Bréfritari: Þórarinn Stefánsson
Dagsetning: A-1921-09-04
Skrifað á: Vesturheimi

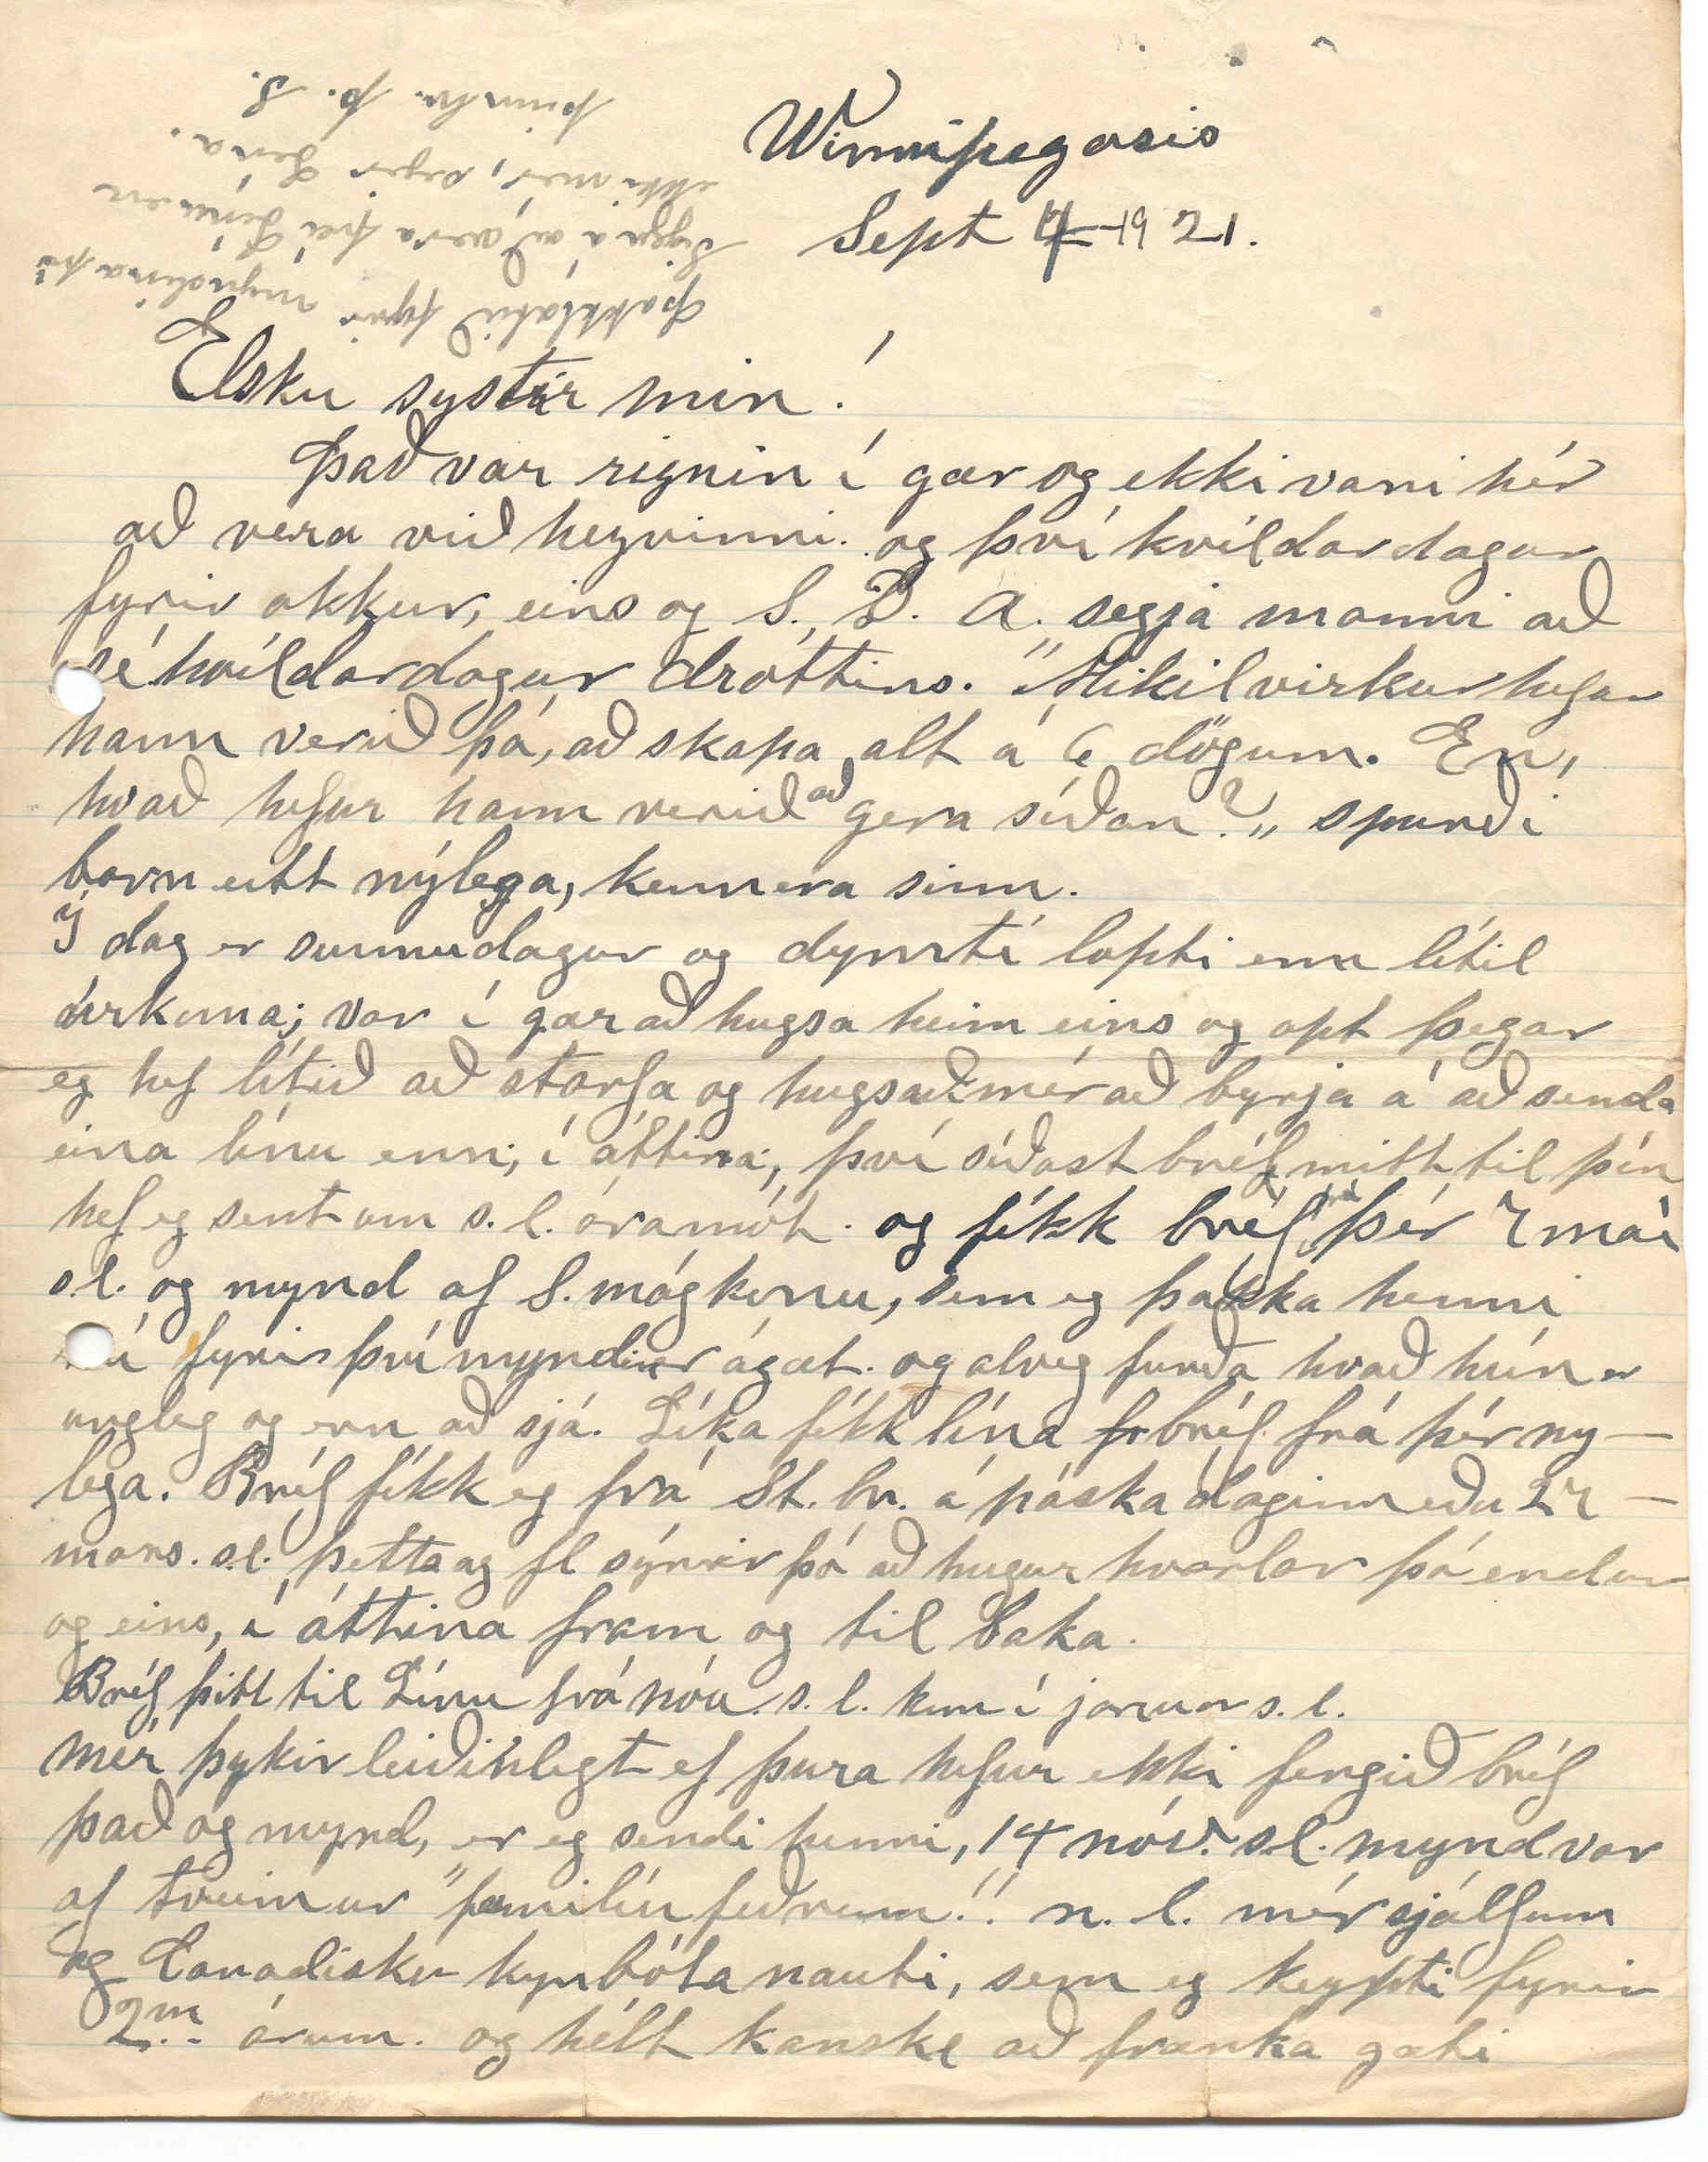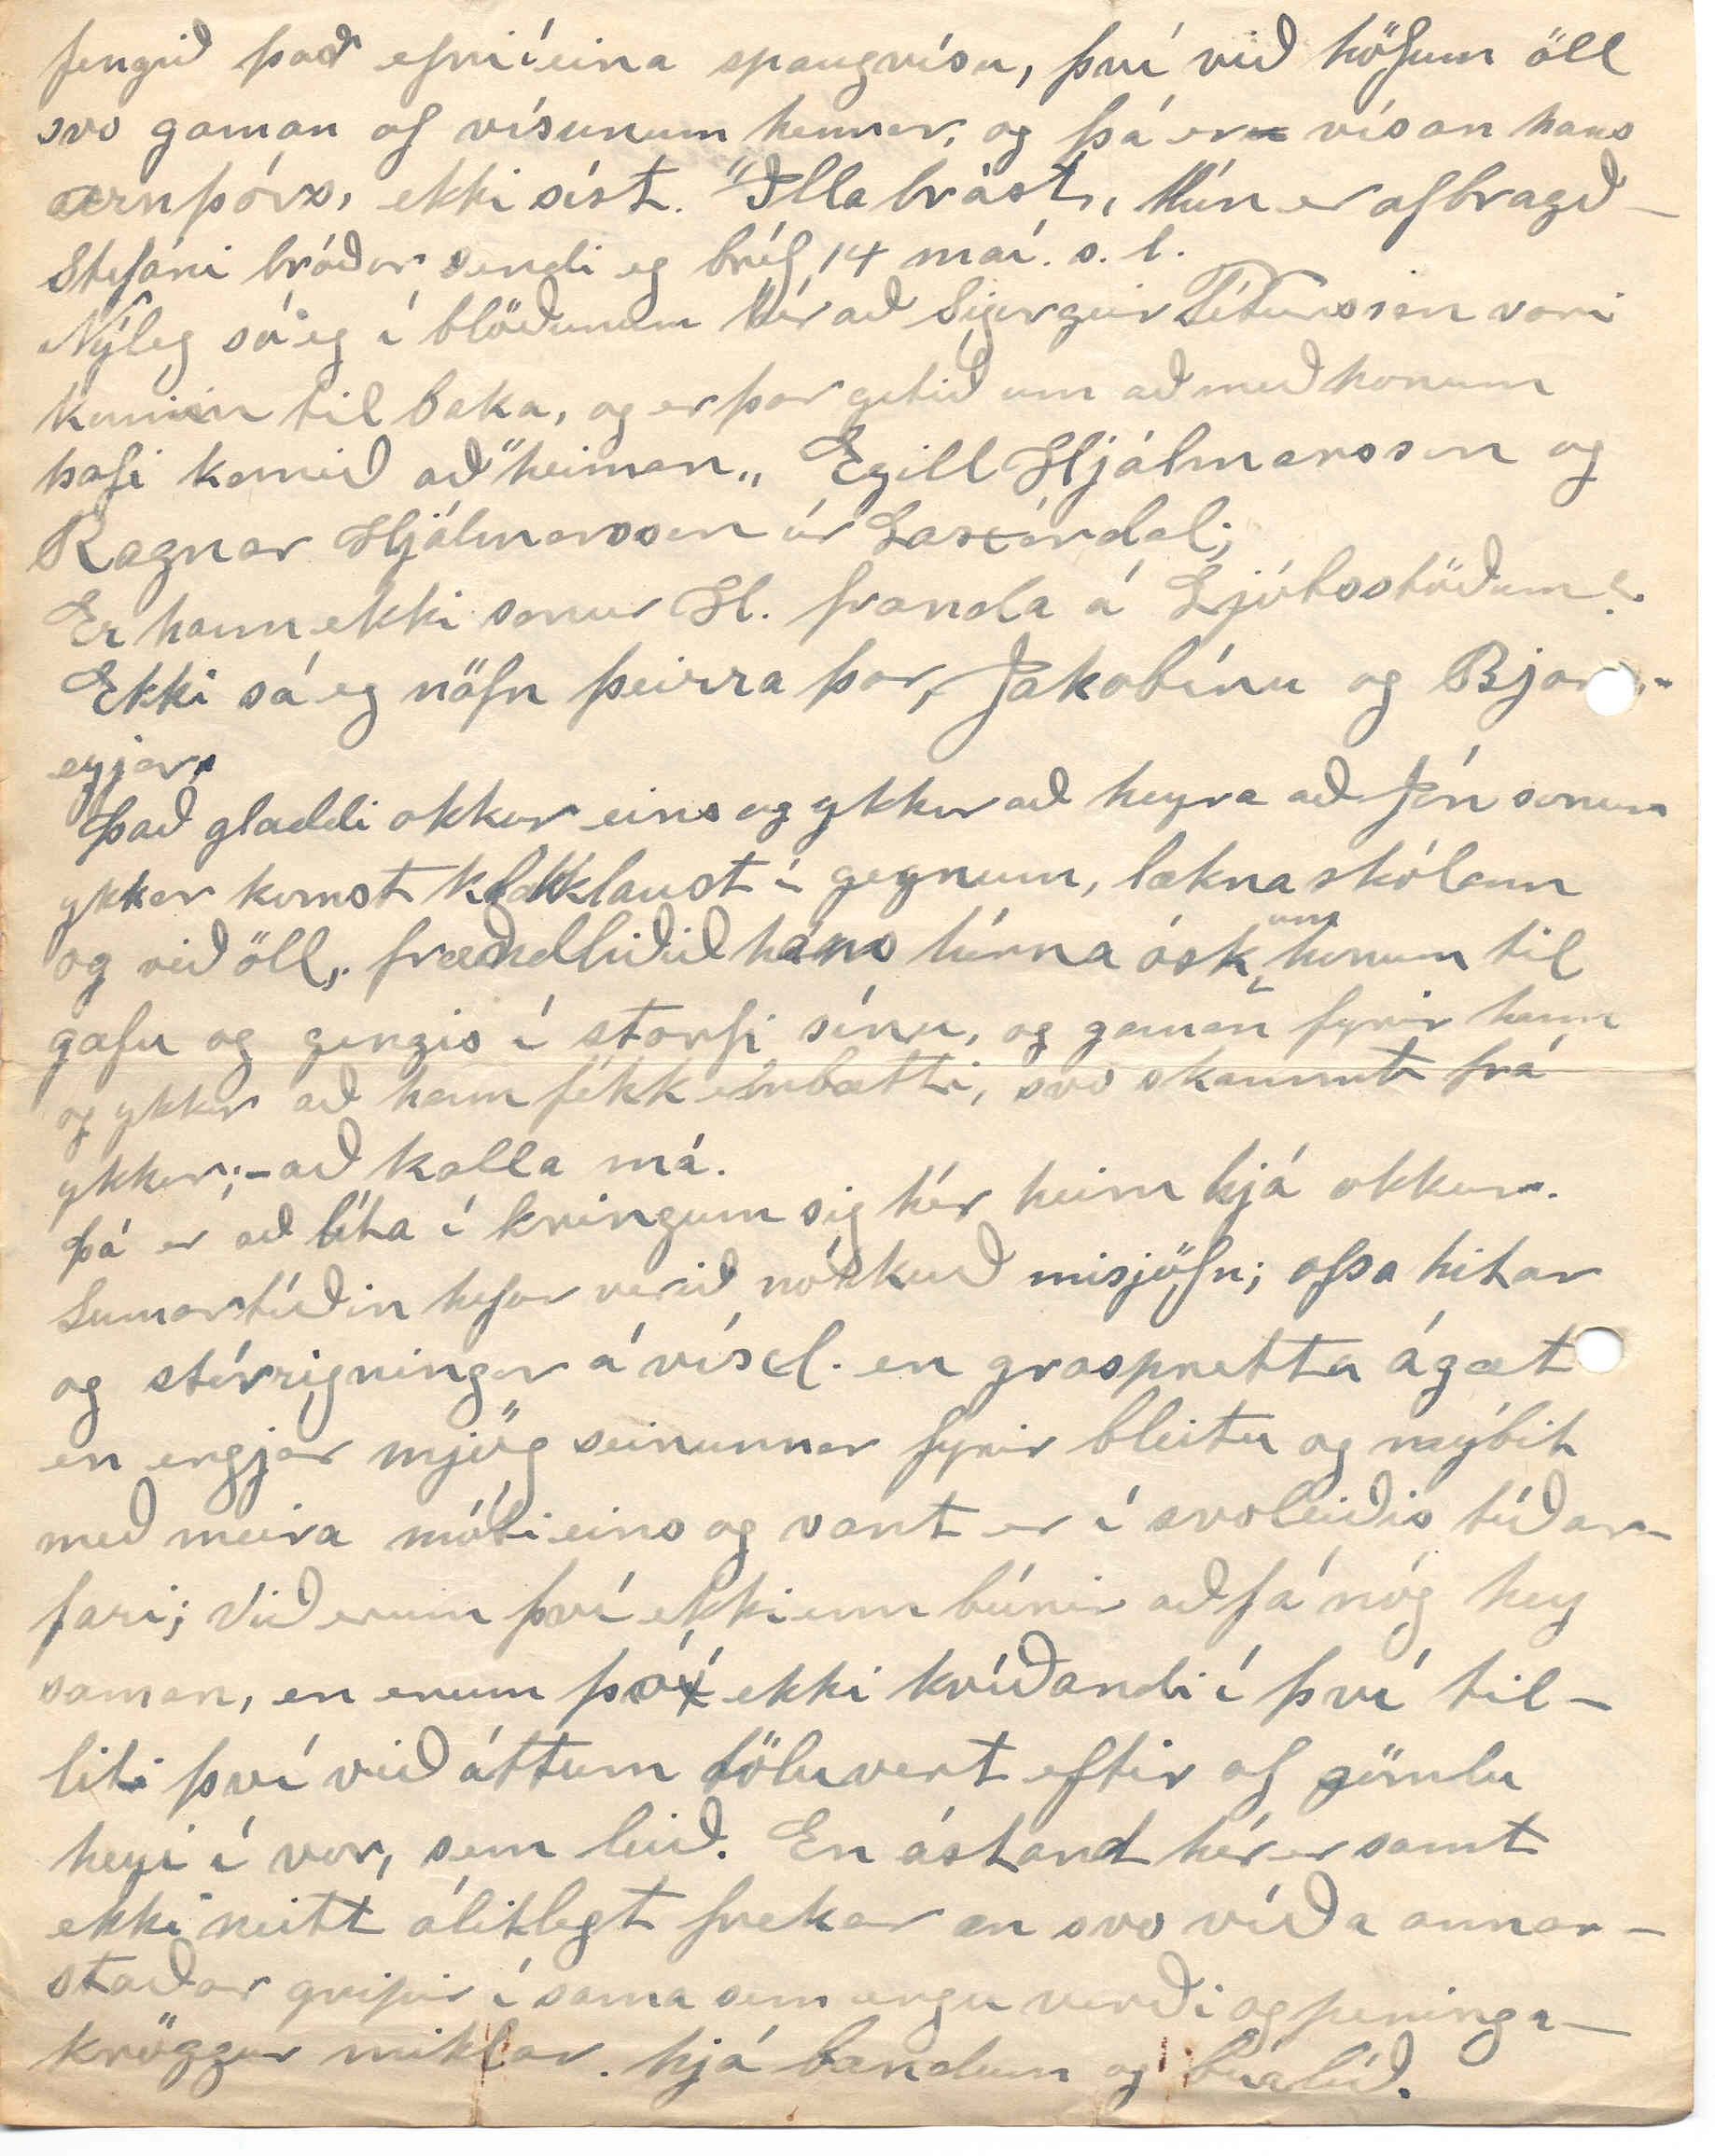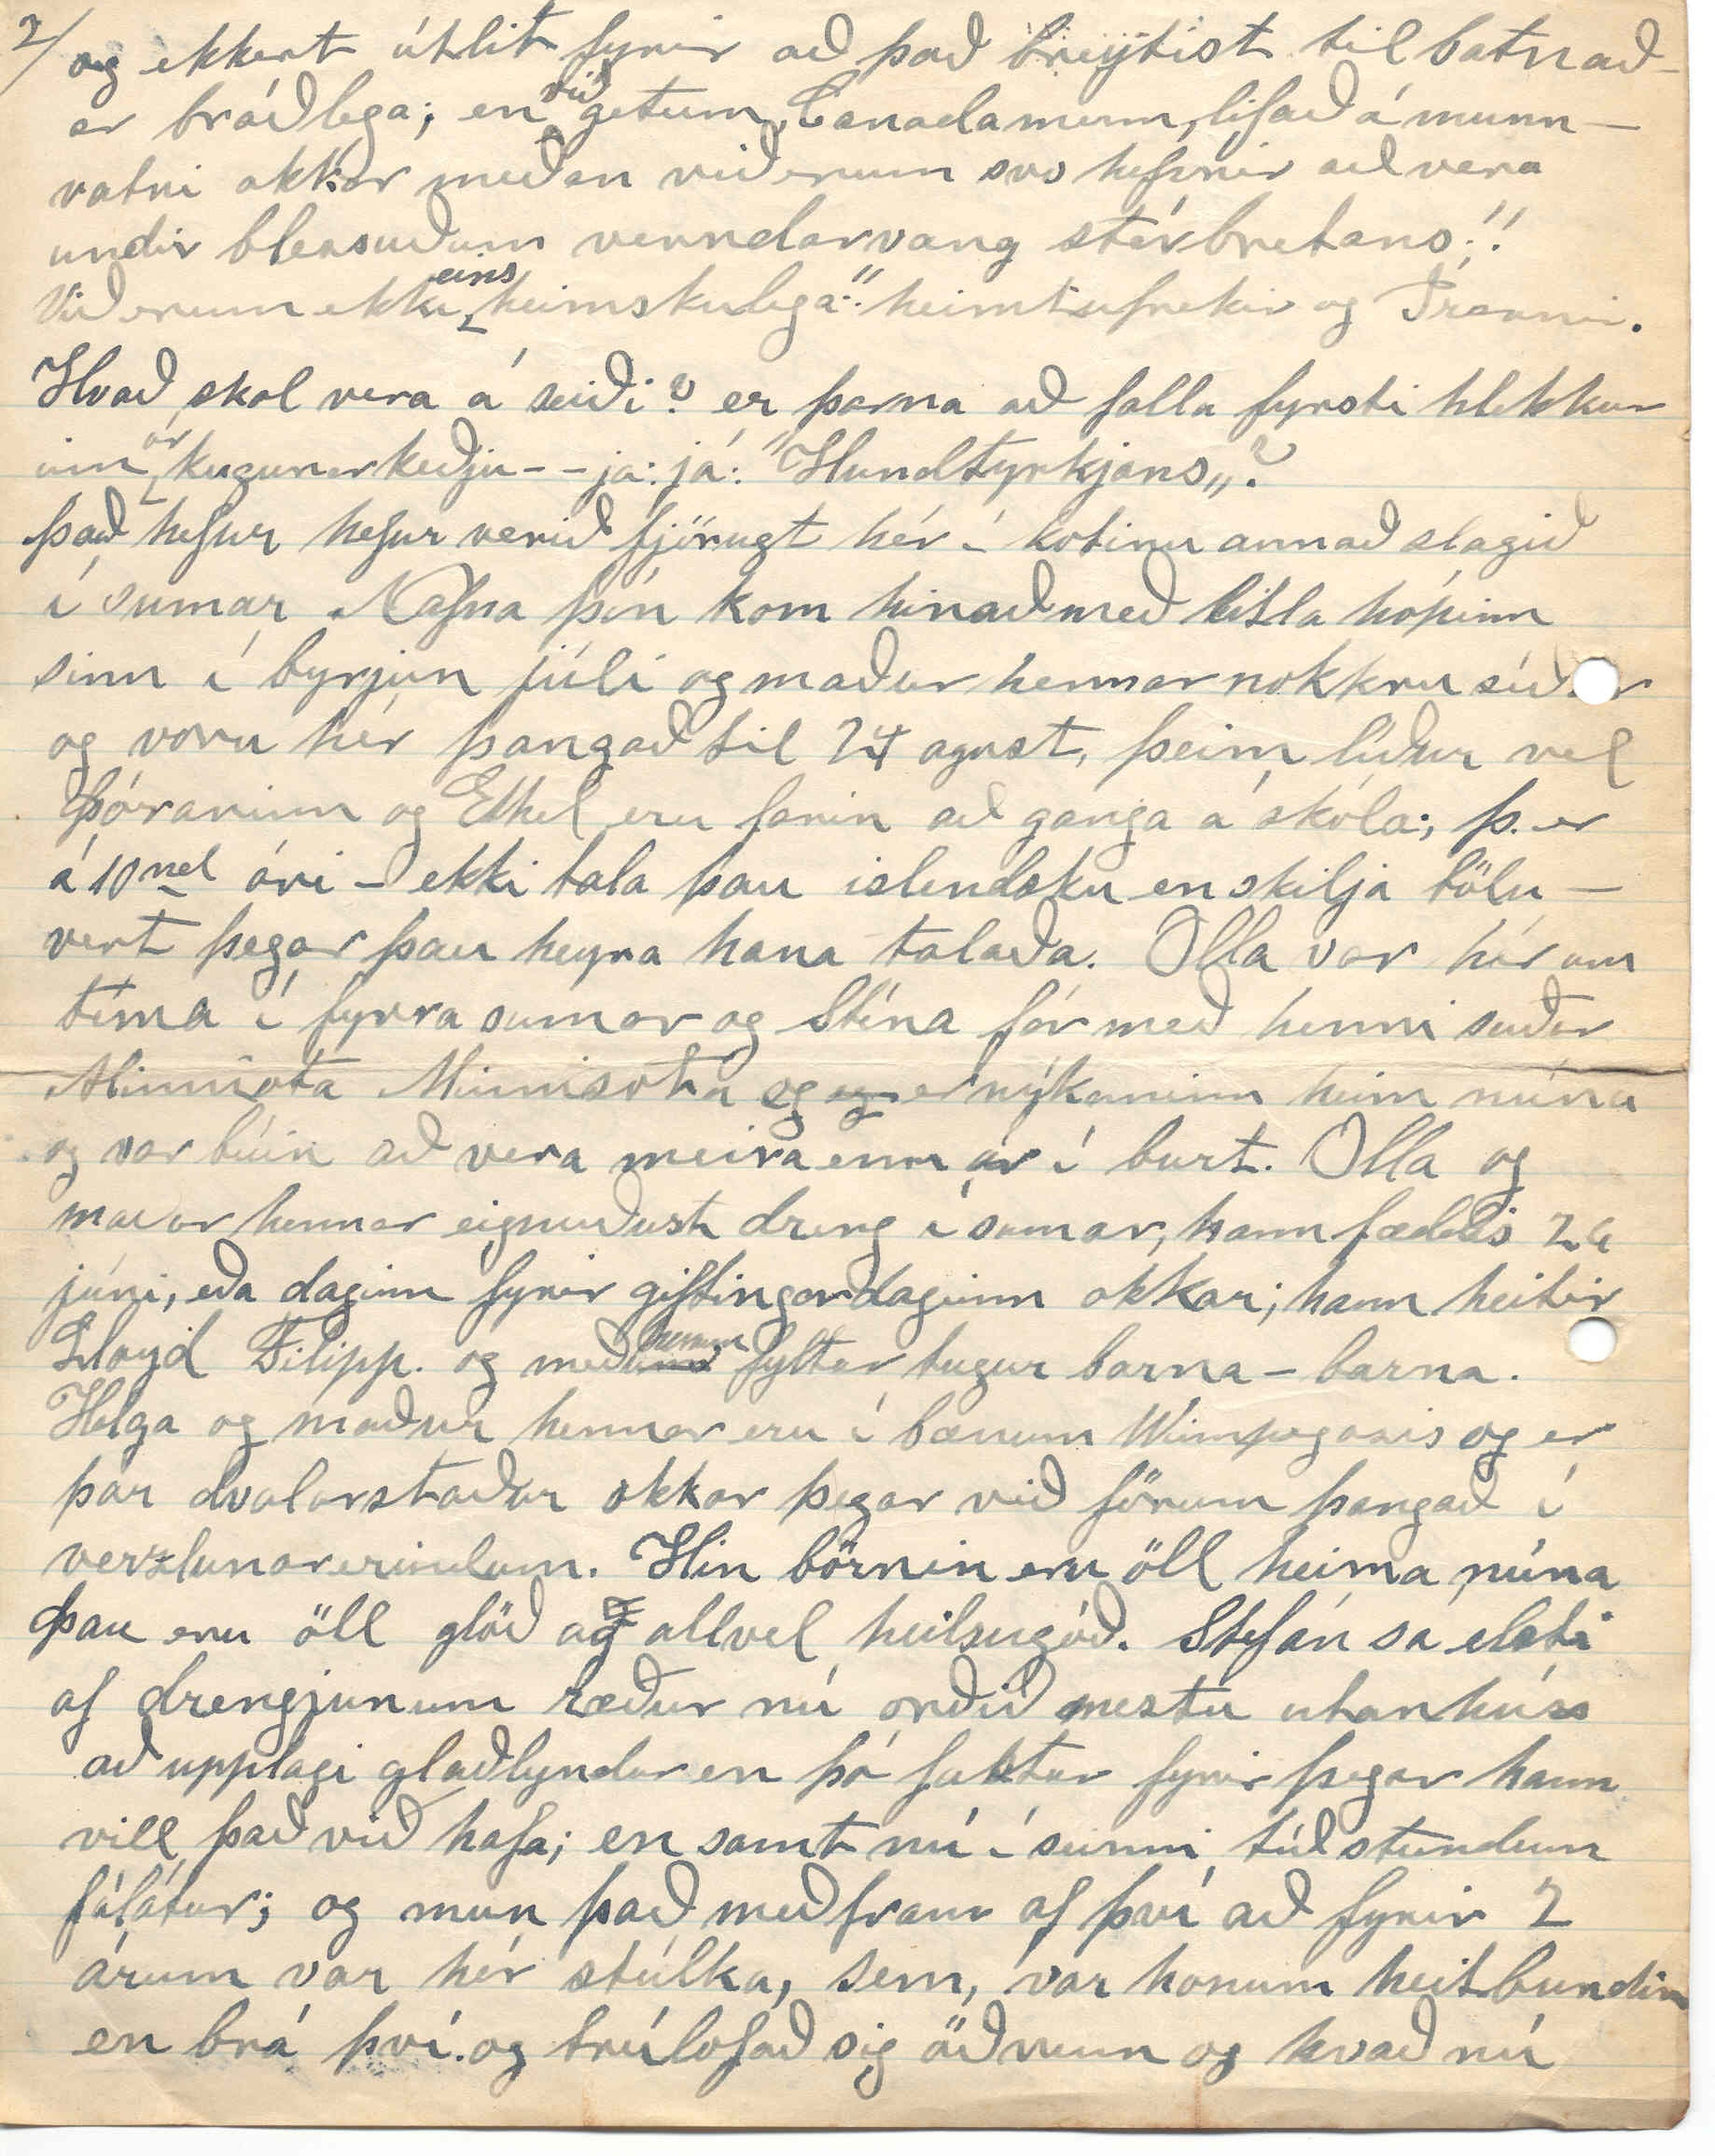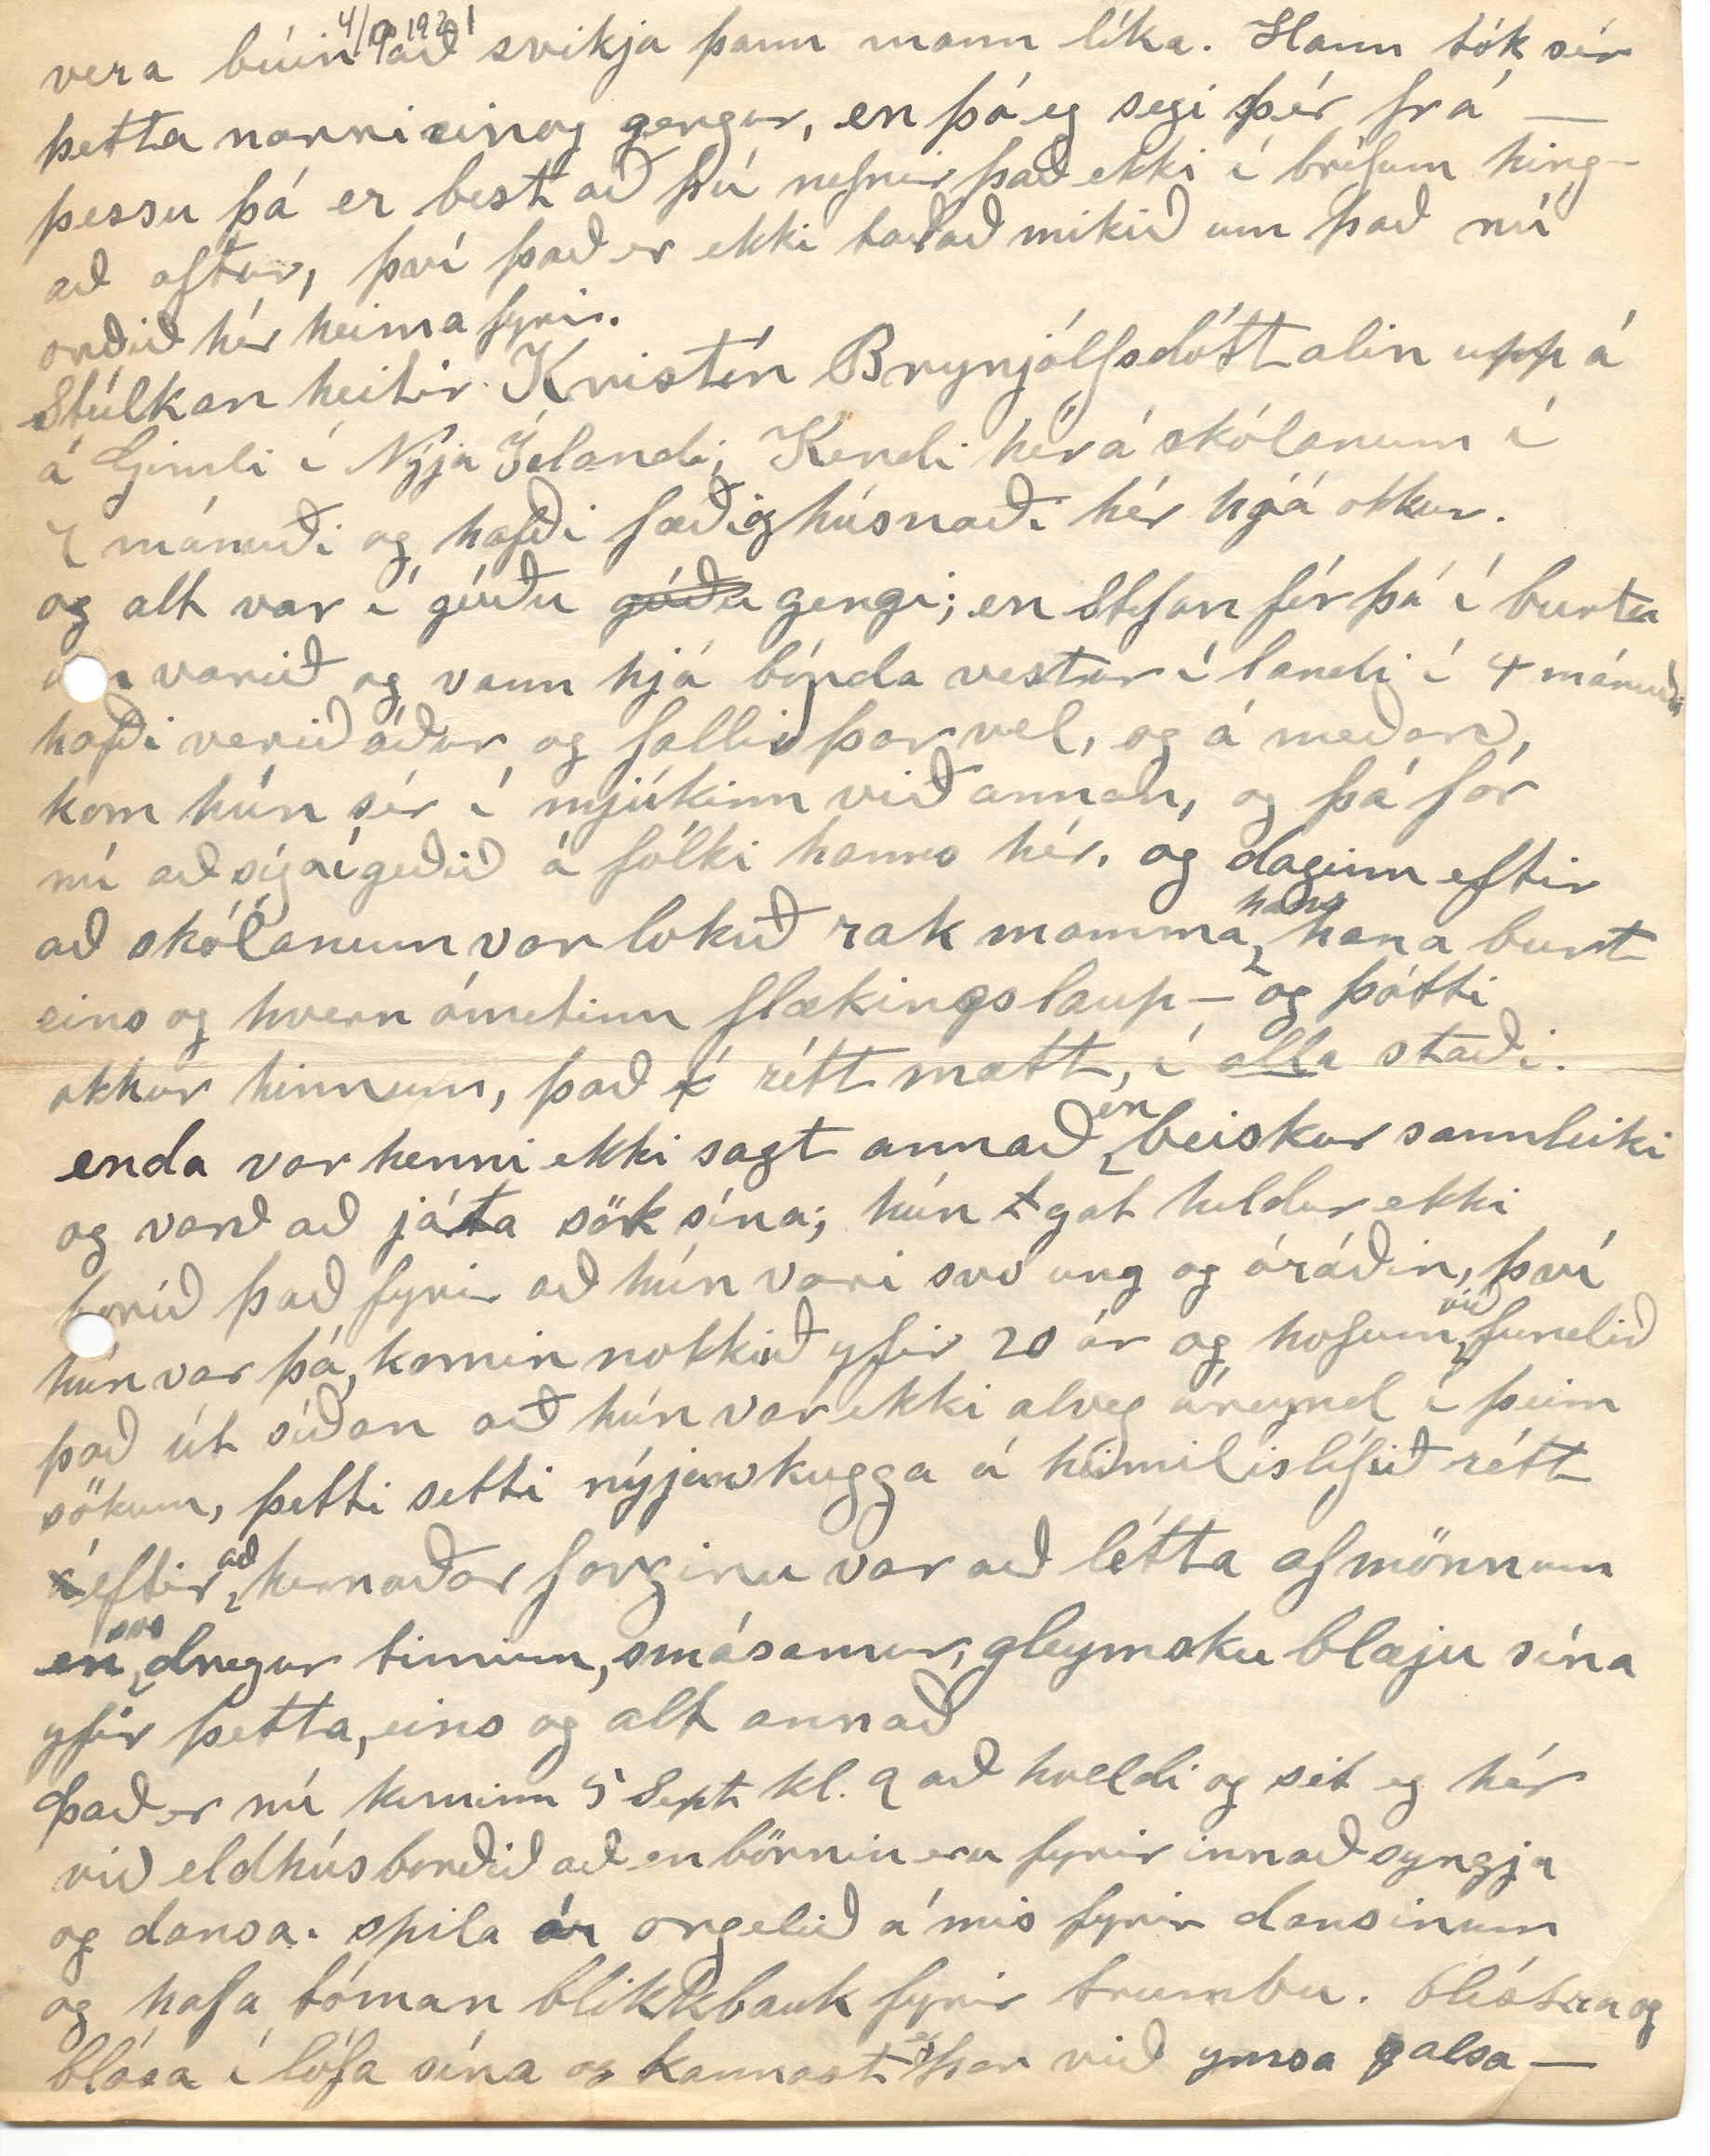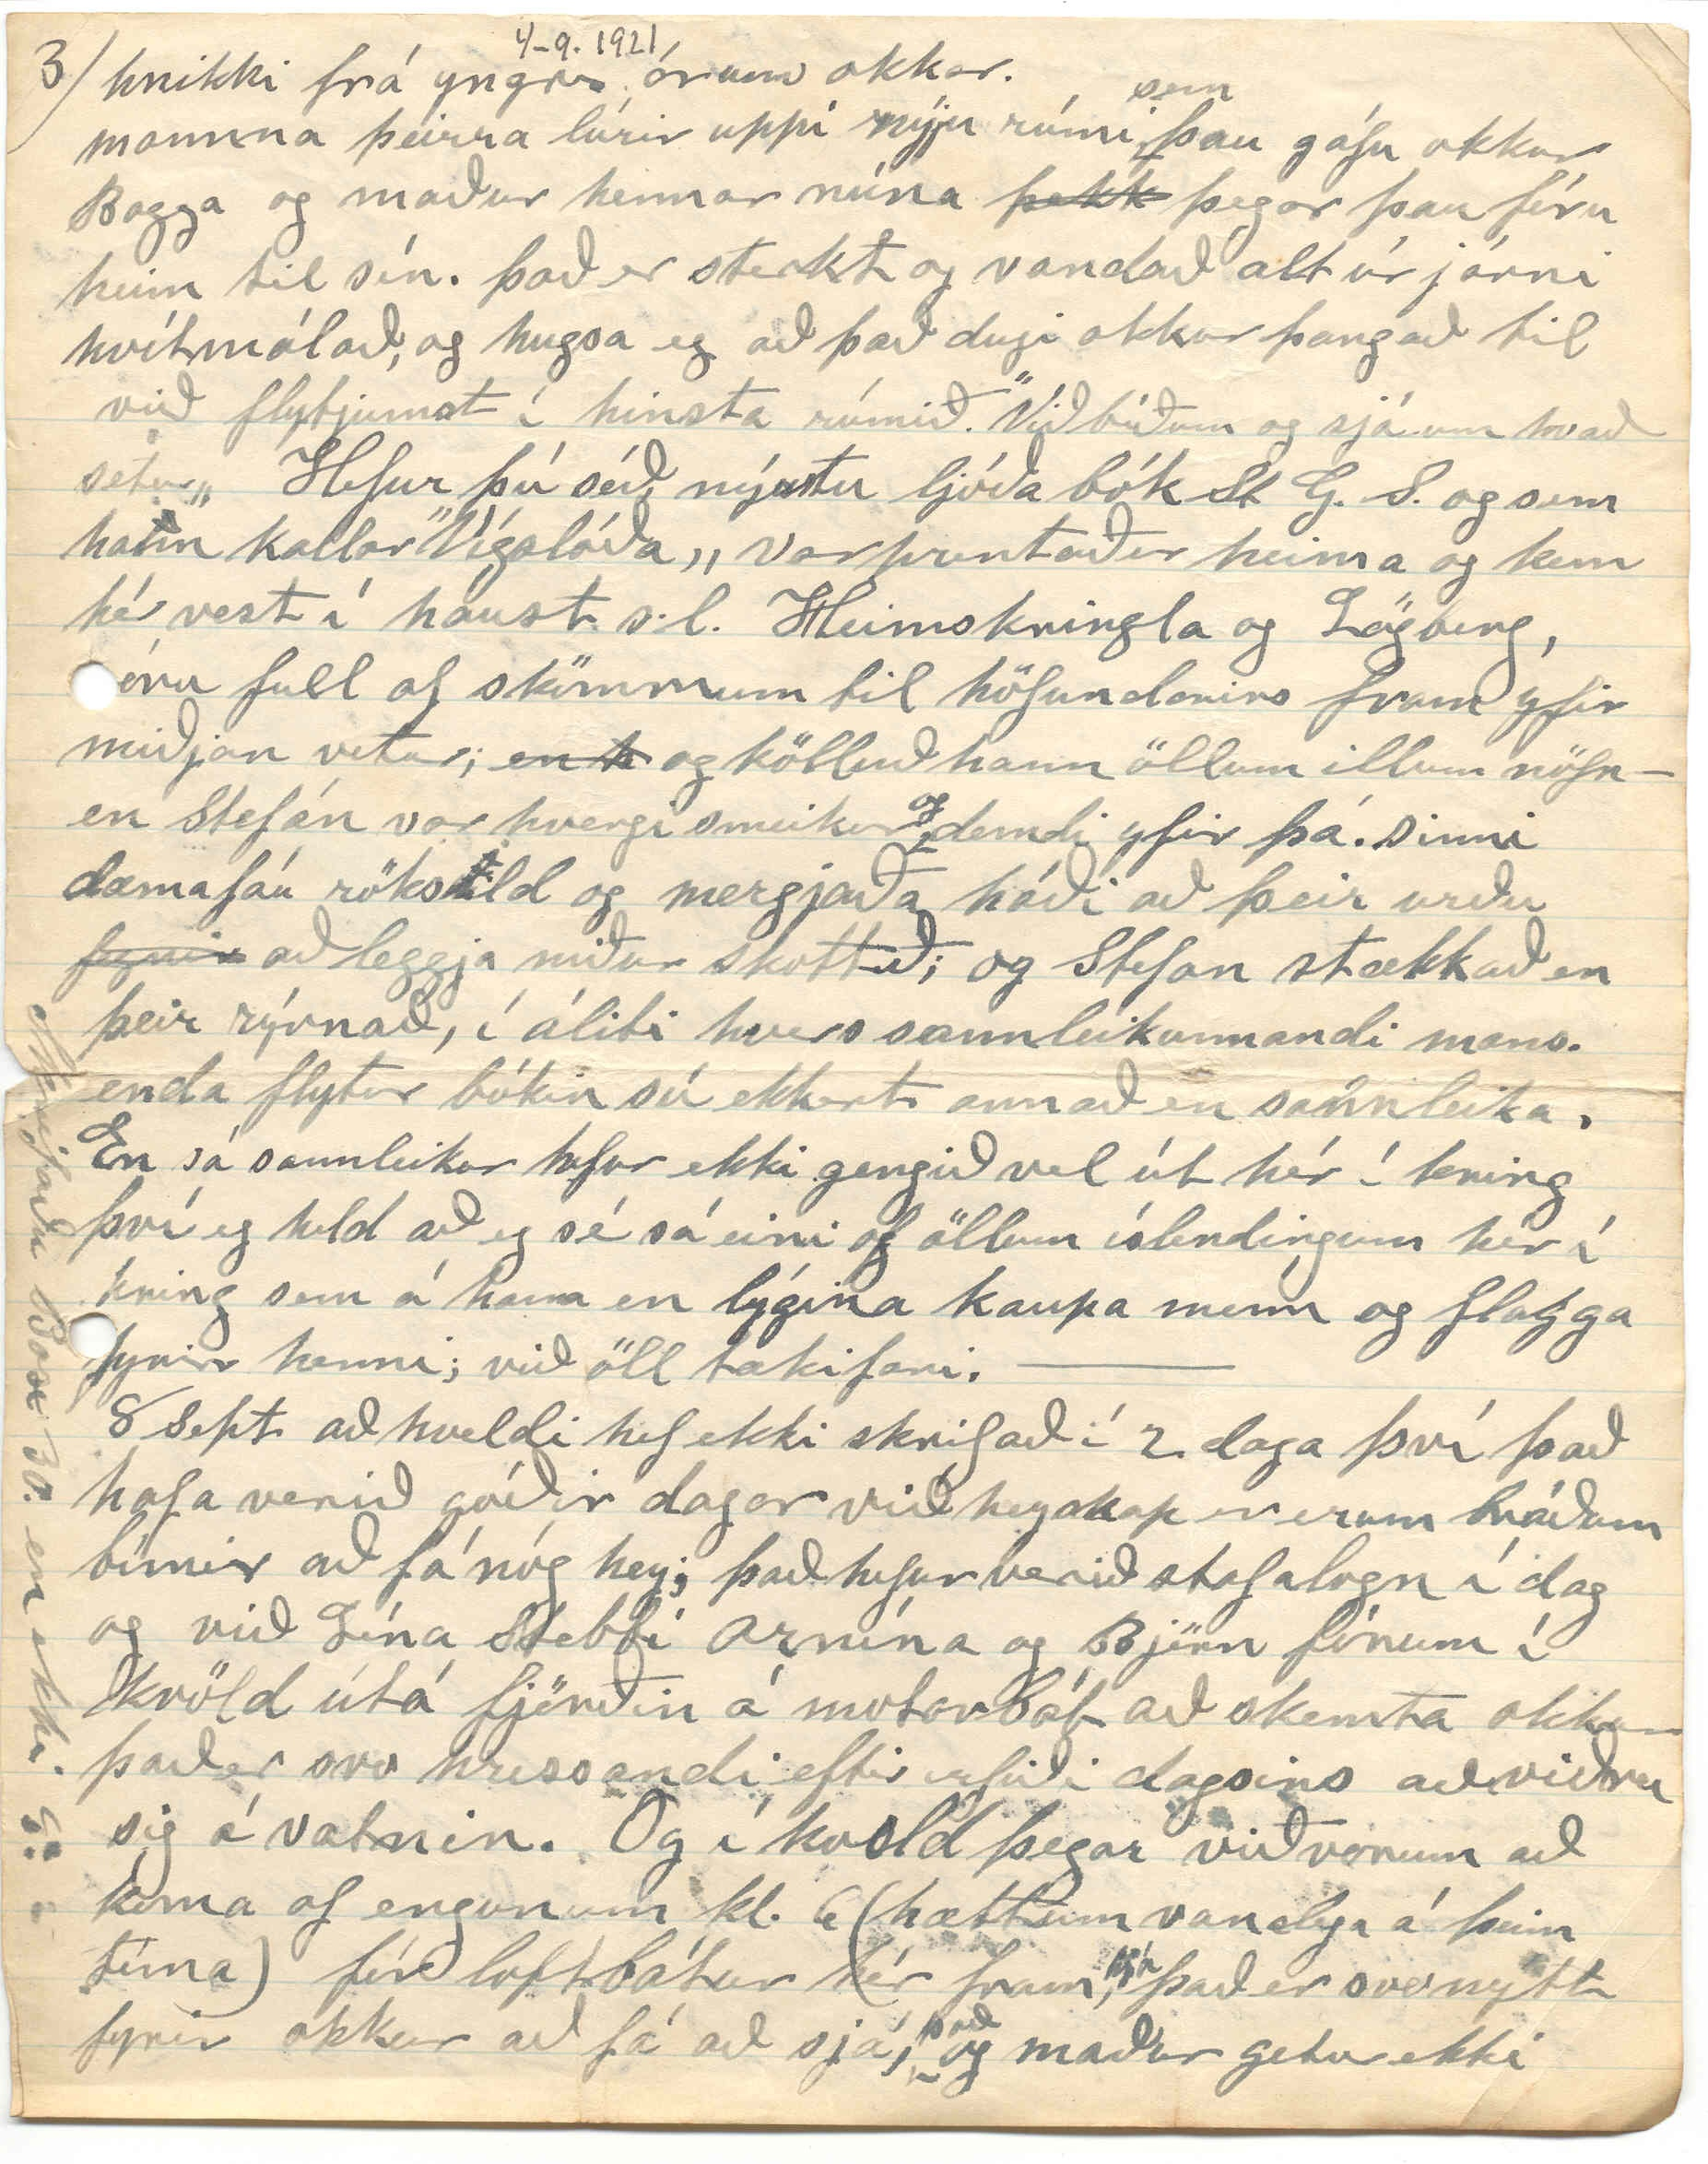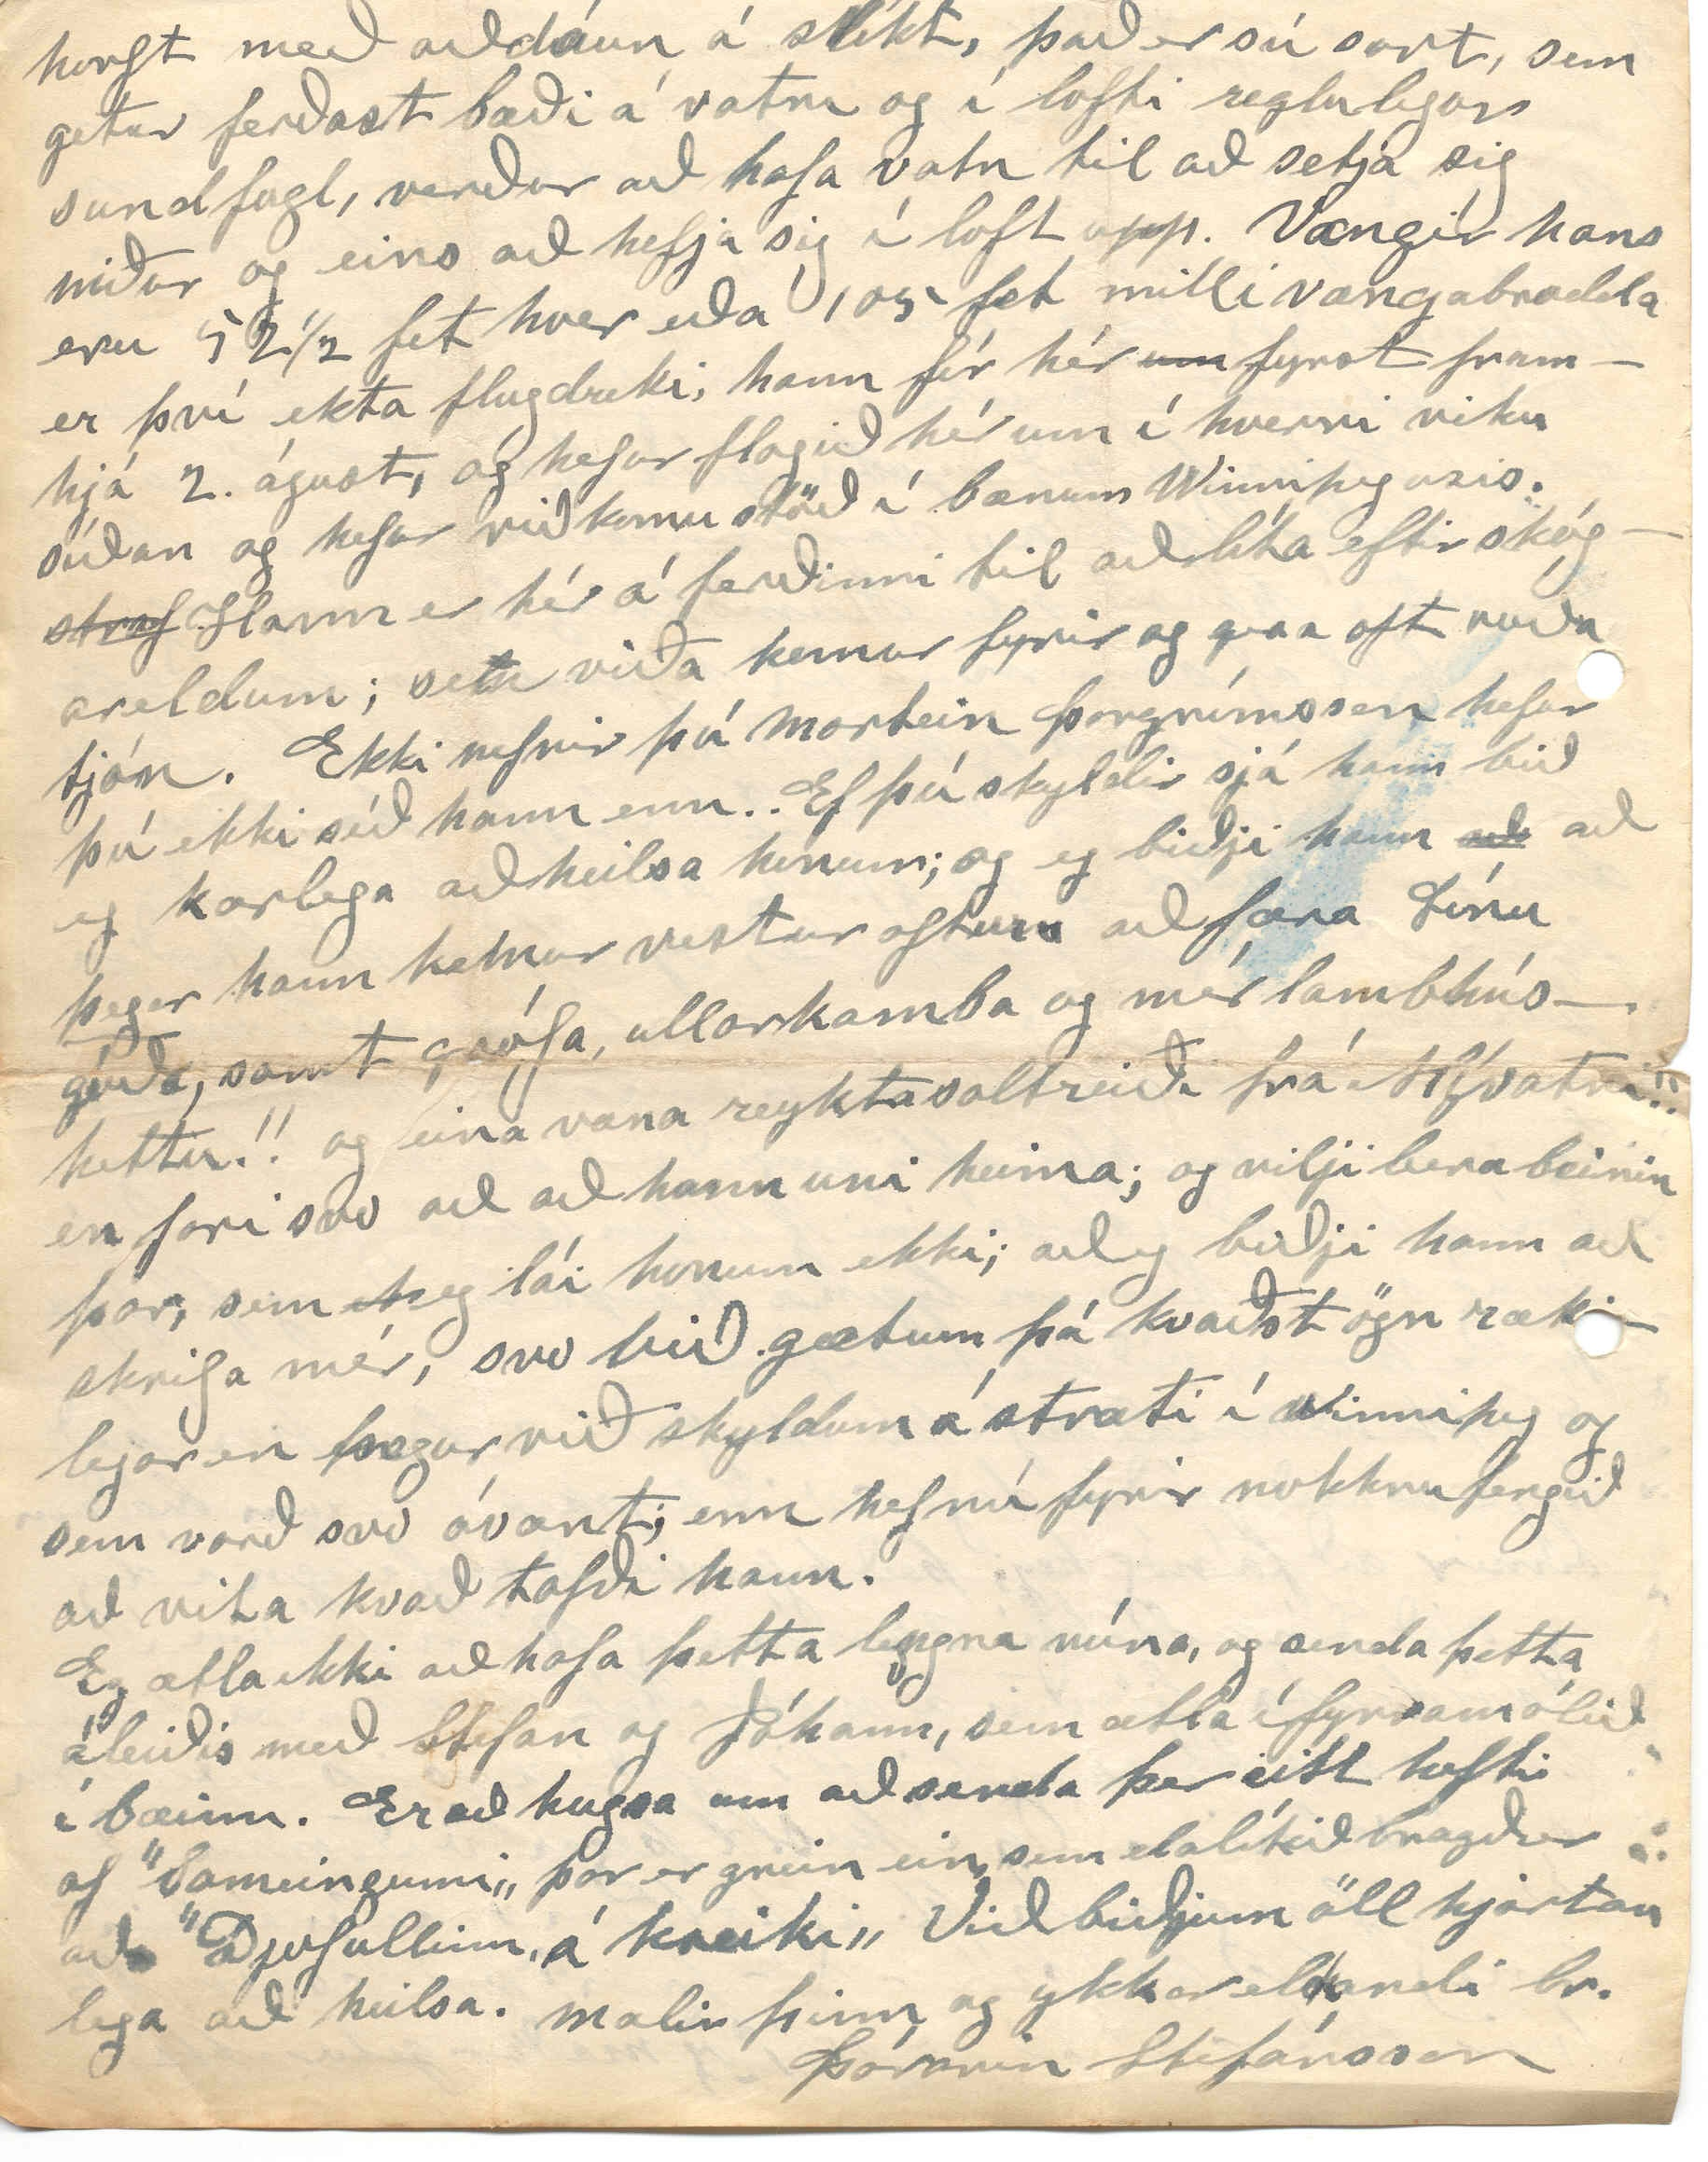

Winnipegosis
Sept 4 - 1921
Þakklætið fyrir myndina frá Siggu á að vera frá Línu en ekki mér, segir Lína. þinn br. þ. S.
Elsku systir min!
Það var rignin í gær og ekki vani hér að vera við heyvinni. og því kvíldardagur fyrir okkur, eins og S. D. A. segja manni að sé hvíldardagur dróttins. ”Mikilvirkur hefur hann verið þá, að skapa alt á 6 dögum. En, hvað hefur hann verið að gera síðan?„ spurði barn eitt nýlega, kennara sinn.
Í dag er sunnudagur og dymtí lopti enn lítil úrkoma; var í gær að hugsa heim eins og opt þegar eg hef lítið að starfa og hugsaði mér að byrja á að senda eina línu enn; í áttina; því síðast bréf mitt til þín hef eg sent um s.l. áramót. og fékk bréf
frá
þér 7 maí s.l. og mynd af S. mágkonu, sem eg þakka henni
nú
fyrir því myndin er ágæt. og alveg furða hvað hún er ungleg og ern að sjá. Líka fékk lína
fr
bréf frá þér nylega. Bréf fékk eg frá St. br. á páskadaginn eða 27 mars. s.l. þetta og fl sýnir þó að hugur hvarlar þó endur og eins, í áttina fram og til baka.
Bréf þitt til Línu frá nóv. s.l. kom í januar s.l.
Mér þykir leiðinlegt ef þura hefur ekki fengið bréf það og mynd, er eg sendi henni, 14 nóv. s.l. mynd var af tveimur ”familíufeðrum!! n.l. mér sjálfum og Canadisku kynbótanauti, sem eg keypti fyrir 2
m
árum. og hélt kanske að frænka gæti
fengið það efni í eina spaugvísu, því við höfum öll svo gaman af vísunum hennar, og þá er
u
vísan hans Arnþórs, ekki síst. ”Illa brást„ hún er afbragð
Stefáni bróður sendi eg bréf 14 maí. s.l.
Nýleg sá eg í blöðunum hér að Sigurgeir Pétursson væri kominn til baka, og er þar getið um að með honum hafi komið að ”heiman„ Egill Hjálmarsson og Ragnar Hjálmarsson úr Laxárdal;
Er hann ekki sonur H. frænda á Ljótsstöðum? Ekki sá eg nöfn þeirra þar, Jakobínu og
Bjarneyjar
Það gladdi okkur eins og ykkur að heyra að Jón sonur ykkar komst klakklaust í gegnum, læknaskólann og við öll, frændliðið hans hérna ósk
um
honum til gæfu og gengis í starfi sínu, og gaman fyrir hann og ykkur að hann fékk embætti, svo skammt frá ykkur; - að kalla má.
Þá er að líta í kringum sig hér heim hjá okkur. Sumartíðin hefur verið nokkuð misjöfn; ofsa hitar og stórrigningar á víxl. en graspretta ágæt en engjar mjög seinunnar fyrir bleitu og mýbit með meira móti eins og vant er í svoleiðis tíðarfari; Við erum því ekki enn búnir að fá nóg hey saman, en erum þó
t
ekki kvíðandi í því tilliti því við áttum töluvert eftir af gömlu heyi í vor, sem leið. En ástand hér er samt ekki neitt álitlegt frekar en svo víða annarstaðar gripir í sama sem engu verði og peningakröggur miklar hjá bændum og búalíð.
og ekkert útlit fyrir að það breytist til batnaðar bráðlega; en
við
getum, Canadamenn, lifað á munnvatni okkar meðan við erum svo hepnir að vera undir blessuðum verndarvæng stórbretans!! Við erum ekki
eins
heimskulega!! heimtufrekir og Írarnir. Hvað skal vera á seiði? er þarna að falla fyrsti hlekkurinn
úr
kugunarkeðju - - ja: já: ”Hundtyrkjans„?
það hefur hefur verið fjörugt hér í kotinu annað slagið í sumar. Nafna þín kom hinað með litla hópinn sinn í byrjun júli og maður hennar nokkru síðar og voru hér þangað til 24 agust, þeim líður vel Þórarinn og
Ethel
eru farin að ganga á skóla; þ. er á 10
nd
ári - ekki tala þau islendsku en skilja töluvert þegar þau heyra hana talaða. Olla var hér um tíma í fyrra sumar og Stína fór með henni suður Minniota Minnisota og
og
er nýkominn heim núna og var búin að vera meira enn ár í burt. Olla og maður hennar eignuðust dreng í sumar, hann fæddis 26 júni, eða daginn fyrir giftingardaginn okkar; hann heitir Lloyd Filipp. og með
000
honum fyltur tugur barna - barna. Helga og maður hennar eru í bænum Winnpegosis og er þar dvalarstaður okkar þegar við förum þangað í verzlunarerindum. Hin börnin eru öll heima núna Þau eru öll glöð o
ð
g allvel heilsugóð. Stefán sá elsti af drengjunum ræður nú orðið mestu utanhúss að upplagi glaðlyndur en þó fastur fyrir þegar hann vill það við hafa; en samt nú í seinni tíð stundum fálátur; og mun það meðfram af því að fyrir 2 árum var hér stúlka, sem var honum heitbundin en brá því. og trúlofað sig öðrum og kvað nú
vera búin að svikja þann mann líka. Hann tók sér þetta nærri einog gengur, en þó eg segi þér frá þessu þá er best að þú nefnir það ekki í bréfum hingað aftur, því það er ekki talað mikið um það nú orðið hér heima fyrir.
Stúlkan heitir Kristín Brynjólfsdótt alin upp á á Gimli í Nýja Íslandi; Kendi hér á skólanum í 4 mánuði og hafði fæði og húsnæði hér hjá okkur. og alt var í góðu
góðu
gengi; en Stefan fór þá í burtu um vorið og vann hjá bónda vestur í landi í 4 mánuði hafði verið áður og fallið þar vel, og á meðan kom hún sér í mjúkinn við annan, og þá fór nú að síga í geðið á fólki hanns hér, og daginn eftir að skólanum var lokið rak mamma
hans
hana burt eins og hvern ómetinn flækingslaup - og þótti okkur hinnum, það
00
rétt mætt, í
alla
staði. enda var henni ekki sagt annað
en
beiskur sannleiki og varð að játa sök sína; hún
0
gat heldur ekki borið það fyrir að hún væri svo ung og óráðin, því hún var þá, komin nokkið yfir 20 ár og hofum
við
fundið það út síðan að hún var ekki alveg óreynd í þeim sökum, þetti setti nýjan skugga á heimilislífið rétt
á
eftir
að
hernaðarfarginu var að létta af mönnum en
svo
dregur timinn, smásaman, gleymsku blæju sína yfir þetta, eins og alt annað
Það er nú kominn 5 Sept kl. 9 að kveldi og sit eg hér við eldhúsborðið að en börnin eru fyrir innað syngja og dansa. spila á orgelið á mis fyrir dansinum og hafa tóman blikkbauk fyrir trumbu. blístra og blása í lófa sína og kannast
eg
þar við ymsa galsa
hnikki frá yngri árum okkar.
mamma þeirra lúrir uppí nýju rúmi
sem
þau gáfu okkur Bogga og maður hennar núna
þekk
þegar þau fóru heim til sín. það er sterkt og vandað alt úr járni hvítmálað; og hugsa eg að það dugi okkur þangað til við flytjumst í hinsta rúmið. ”Við bíðum og sjáum hvað setur„ Hefur þú séð nýustu ljóða bók St G. S. og sem hann kallar ”Vígslóða„ var prentaður heima og kom hér vest í haust s.l. Heimskringla og Lögberg,
vóru
full af skömmum til höfundarins fram yfir miðjan vetur;
en 0
og kölluð hann öllum illum nöfn en Stefán var hvergi smeikur
og
demdi yfir þá. sinni dæmafáu röksnild og mergjaða háði að þeir urðu
fegnir
að leggja niður skottið; og Stefan stækkað en þeir rýrnað, í áliti hvers sannleikunnandi mans. enda flytur bókin sú ekkert annað en sannleika. En sá sannleikur hefur ekki gengið vel út hér í kring því eg held að eg sé sá eini a
g
f öllum íslendingum hér í kring sem á hana en lýgina kaupa menn og flagga fyrir henni; við öll tækifæri.
Skrifaðu Box 30. en ekki 9
8 Sept að kveldi hef ekki skrifað í 2 daga því það hafa verið góðir dagar við heyskap er erum bráðum búnir að fá nóg hey; það hefur verið stafalogn í dag og við Lína Stebbi Arnína og Björn fórum í kvöld útá fjörðin á motorbát að skemta okkur það er svo hressandi eftir erfiði dagsins að viðra sig á vatnin. Og í kvold þegar við vorum að koma af engunum kl. 6 (hættum vanalega á þeim tíma) fór loftbátur hér fram
hjá
, það er svo nýtt fyrir okkur að fá að sjá
það
, og maður getur ekki
horft með aðdáun á slíkt, það er sú sort, sem getur ferðast bæði á vatni og í lofti reglulegur sundfugl, verður að hafa vatn til að setja sig niður og eins að hefja sig í loft upp. Vængir hans eru 52 1/2 fet hver eða 105 fet milli vængabrodda er því ekta flugdreki, hann fór hér
um
fyrst framhjá 2. águst, og hefur flogið hér um í hverri viku síðan og hefur viðkomustöð í bænum Winnipegosis.
str0f
Hann er hér á ferðinni til að líta eftir skógareldum; sem viða kemur fyrir og gera oft voða tjón. Ekki nefnir þú mortein Þorgrímsson hefur þú ekki séð hann enn. Ef þú skyldir sjá hann bið eg kærlega að heilsa honum; og eg biðji hann
að
að
þegar
hann kemur vestur aftur að færa Línu góða, samt grófa, ullarkamba og mér lambhúshettu!! og eina væna reykta saltreiði frá Mývatni!! en fari svo að að hann uni heima; og vilji bera beinin þar; sem
ek
eg lái honum ekki; að eg biðji hann að skrifa mér, svo við gætum þá kvaðst ögn rækilegar en þegar við skyldum á stræti í Winnipeg og sem varð svo óvænt; enn hef nú fyrir nokkru fengið að vita kvað tafði hann.
Eg ætla ekki að hafa þetta lengra núna, og senda þetta áleiðis með Stefan og Jóhann, sem ætla í fyrramálið í bæinn. Er að hugsa um að senda þer eitt hefti af ”Sameingunni„ þar er grein ein sem dalítið bragð er að ”Djofullinn á kreiki„ Við biðjum öll hjartanlega að heilsa. mælir þinn og ykkar elskandi br.
Þórarin Stefánsson